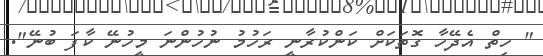
" ހިތް އެދޭހާ ގޮތަކަށް ކަންކުރާނީ ރަހުމު ނުހުންނަ މީހުނޭ ކާފަ ބުނޭ".